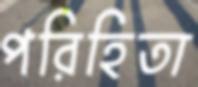
পরিহিতা